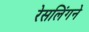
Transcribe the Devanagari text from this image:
रेसलिंगने